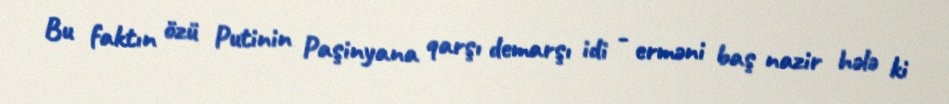
Bu faktın özü Putinin Paşinyana qarşı demarşı idi - erməni baş nazir hələ ki